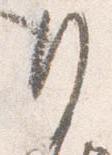
行